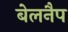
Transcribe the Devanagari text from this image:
बेलनैप